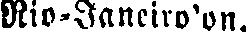
Rio-Janeiro'on.